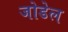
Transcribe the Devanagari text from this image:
जोडेल